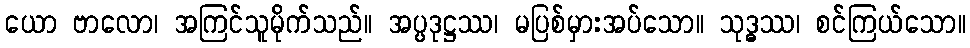
ယော ဗာလော၊ အကြင်သူမိုက်သည်။ အပ္ပဒုဋ္ဌဿ၊ မပြစ်မှားအပ်သော။ သုဒ္ဓဿ၊ စင်ကြယ်သော။